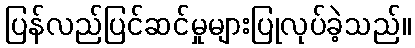
ပြန်လည်ပြင်ဆင်မှုများပြုလုပ်ခဲ့သည်။